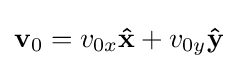
\mathbf {v} _{0}=v_{0x}\mathbf {\hat {x}} +v_{0y}\mathbf {\hat {y}}